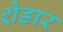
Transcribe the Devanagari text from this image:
शेडार